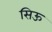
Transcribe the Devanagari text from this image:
सिऊ